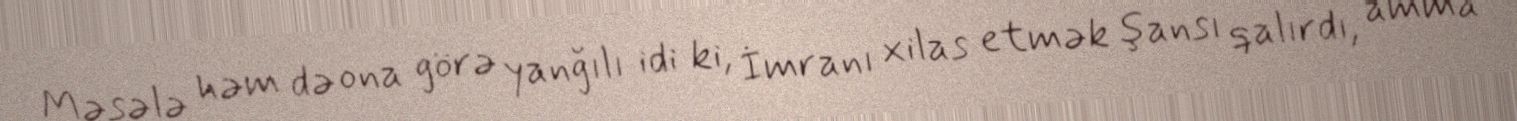
Məsələ həm də ona görə yanğılı idi ki, İmranı xilas etmək şansı qalırdı, amma